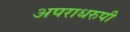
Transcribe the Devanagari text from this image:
अपराधरुपी